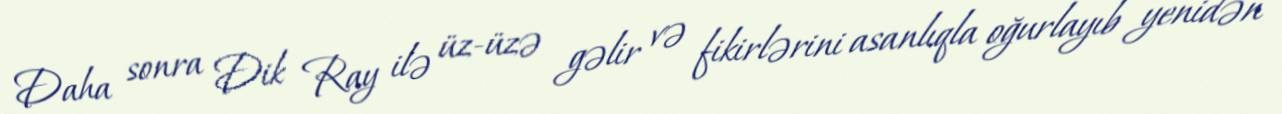
Daha sonra Dik Ray ilə üz-üzə gəlir və fikirlərini asanlıqla oğurlayıb yenidən